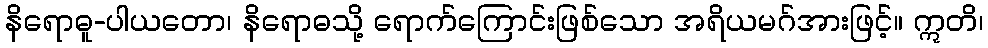
နိရောဓူ-ပါယတော၊ နိရောဓသို့ ရောက်ကြောင်းဖြစ်သော အရိယမဂ်အားဖြင့်။ ဣတိ၊